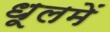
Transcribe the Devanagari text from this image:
धूलमें